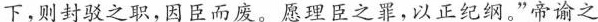
下，则封驳之职，因臣而废。愿理臣之罪，以正纪纲。”帝谕之